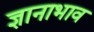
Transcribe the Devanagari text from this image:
ज्ञानाभाव